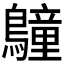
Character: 𪆏